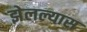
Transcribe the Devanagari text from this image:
झेलल्यास